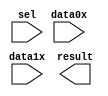
module Y_MUX (
	data0x,
	data1x,
	sel,
	result);

	input	[7:0]  data0x;
	input	[7:0]  data1x;
	input	  sel;
	output	[7:0]  result;

endmodule